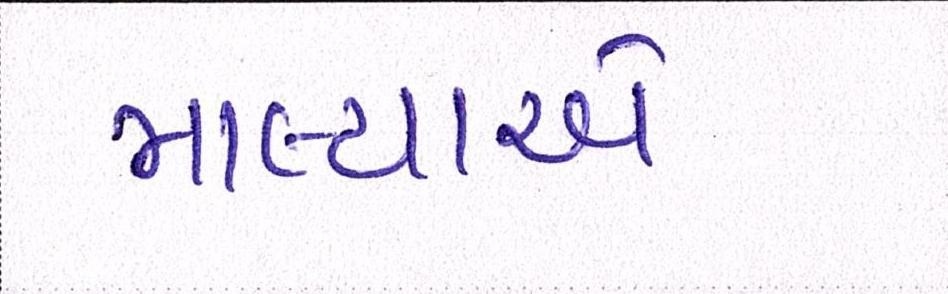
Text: માલ્યાએ